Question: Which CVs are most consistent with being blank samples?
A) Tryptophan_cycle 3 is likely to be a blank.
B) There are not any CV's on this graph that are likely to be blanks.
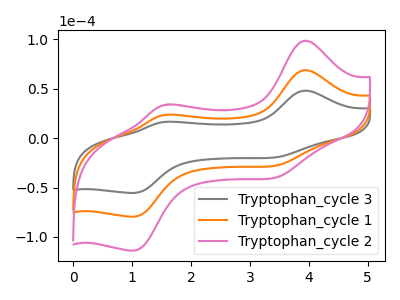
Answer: <think>The gray curve "Tryptophan_cycle 3" has anodic peaks at (3.95V, 48.00uA) (1.60V, 16.55uA) and cathodic peaks at (3.50V, -18.75uA) (1.05V, -55.40uA). The orange curve "Tryptophan_cycle 1" has anodic peaks at (3.95V, 68.80uA) (1.60V, 23.70uA) and cathodic peaks at (3.50V, -26.90uA) (1.05V, -79.35uA). The pink curve "Tryptophan_cycle 2" has anodic peaks at (3.95V, 137.60uA) (1.60V, 47.40uA) and cathodic peaks at (3.50V, -53.80uA) (1.05V, -158.65uA).</think>
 <answer>B) There are not any CV's on this graph that are likely to be blanks.</answer>
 <eval>B</eval>